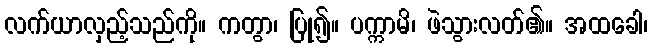
လက်ယာလှည့်သည်ကို။ ကတွာ၊ ပြု၍။ ပက္ကာမိ၊ ဖဲသွားလတ်၏။ အထခေါ၊